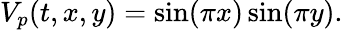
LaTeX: V_{p}(t,x,y)=\sin(\pi x)\sin(\pi y).